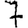
Digit: 7